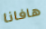
هافانا